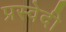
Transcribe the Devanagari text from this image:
प्रस्वेदी